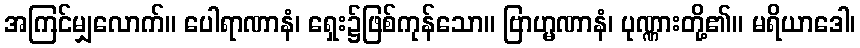
အကြင်မျှလောက်။ ပေါရာဏာနံ၊ ရှေး၌ဖြစ်ကုန်သော။ ဗြာဟ္မဏာနံ၊ ပုဏ္ဏားတို့၏။ မရိယာဒေါ၊